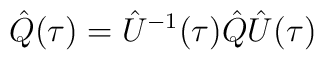
\hat Q(\tau)=\hat U^{-1}(\tau)\hat Q\hat U(\tau)